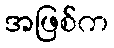
အဖြစ်က